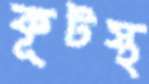
কূটস্থ